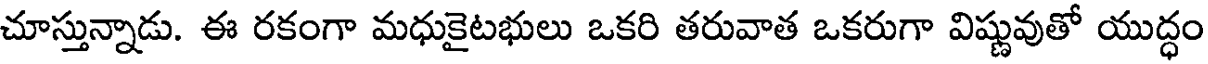
చూస్తున్నాడు. ఈ రకంగా మధుకైటభులు ఒకరి తరువాత ఒకరుగా విష్ణువుతో యుద్ధం